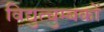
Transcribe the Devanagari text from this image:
विद्युत्चुम्बकों